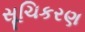
સૂચિકરણ